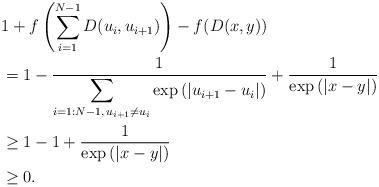
LaTeX: \begin{align*}&1+f\left(\sum_{i=1}^{N-1} D(u_i,u_{i+1})\right)-f(D(x,y))\\&=1-\frac{1}{\displaystyle\sum_{i=1:N-1,\,u_{i+1}\neq u_i }\exp\left(|u_{i+1}-u_i|\right)}+\frac{1}{\exp\left(|x-y|\right)}\\&\geq 1-1+ \frac{1}{\exp\left(|x-y|\right)}\\&\geq 0.\end{align*}